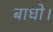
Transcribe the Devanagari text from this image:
बाधो।